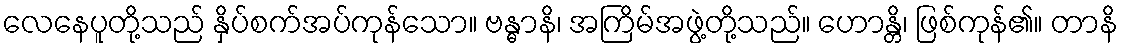
လေနေပူတို့သည် နှိပ်စက်အပ်ကုန်သော။ ဗန္ဓာနိ၊ အကြိမ်အဖွဲ့တို့သည်။ ဟောန္တိ၊ ဖြစ်ကုန်၏။ တာနိ